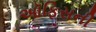
અૉફિસની